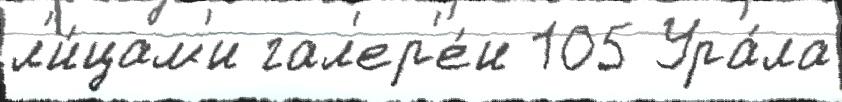
л'и́цам'и гал'ер'е́и 105 Ура́ла